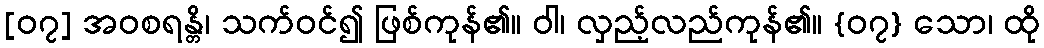
[၀၇] အဝစရန္တိ၊ သက်ဝင်၍ ဖြစ်ကုန်၏။ ဝါ၊ လှည့်လည်ကုန်၏။ {၀၇} သော၊ ထို